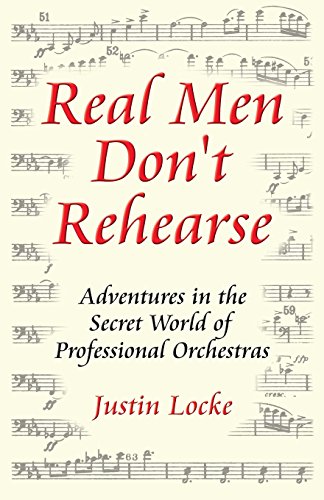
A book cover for Real Men Don't Rehearse: Adventures in the Secret World of Professional Orchestras; Justin C. Locke; Reference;